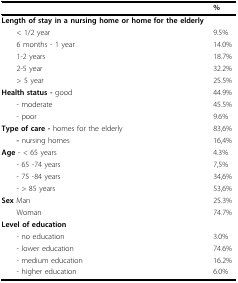
|  | % |
 | --- | --- |
 | Length of stay in a nursing home or home for the elderly |  |
 | < 1/2 year | 9.5% |
 | 6 months - 1 year | 14.0% |
 | 1-2 years | 18.7% |
 | 2-5 year | 32.2% |
 | > 5 year | 25.5% |
 | Health status - good | 44.9% |
 | - moderate | 45.5% |
 | - poor | 9.6% |
 | Type of care - homes for the elderly | 83,6% |
 | - nursing homes | 16,4% |
 | Age - < 65 years | 4.3% |
 | - 65 -74 years | 7,5% |
 | - 75 -84 years | 34,6% |
 | - > 85 years | 53,6% |
 | Sex Man | 25.3% |
 | Woman | 74.7% |
 | Level of education |  |
 | - no education | 3.0% |
 | - lower education | 74.6% |
 | - medium education | 16.2% |
 | - higher education | 6.0% |